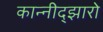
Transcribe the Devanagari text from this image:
कान्नीद्झारो